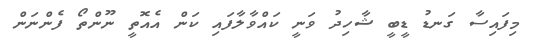
މިފައިސާ ގަނޑު ޑީބީ ޝާހިދު ވަނީ ކައްވާލާފައި ކަން އެއޮތީ ނޫންތޯ ފެންނަން